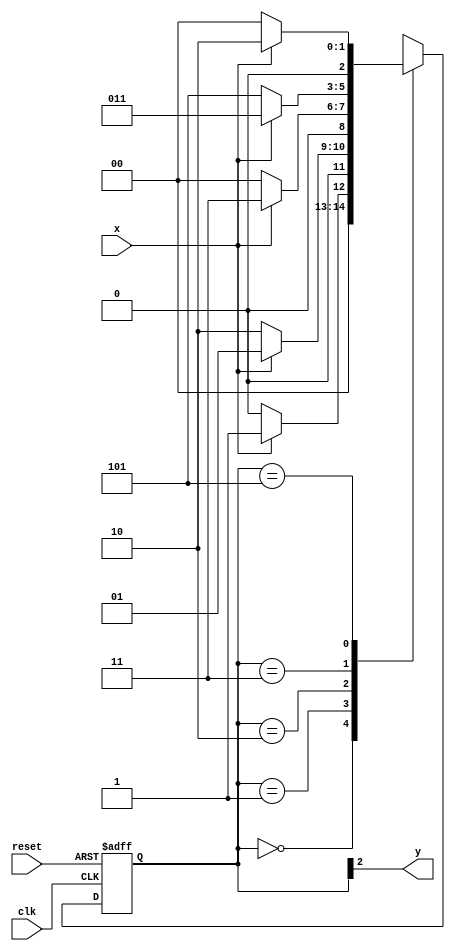
// Exemplo0053
// Aluno: rsula Rosa Monteiro de Castro

// -------------- 
// --- Moore FSM 
// -------------- 

// constant definition 
`define found 1 
`define notfound 0 

// FSM by Moore 
module moore1010 ( y, x, clk, reset ); 
output y; 
input x; 
input clk; 
input reset; 
reg y; 

parameter // state identifiers 

start = 3'b000, 
id1 = 3'b001, 
id10 = 3'b010, 
id101 = 3'b011, 
id1010 = 3'b101; // signal found 

reg [2:0] E1; // current state variables 
reg [2:0] E2; // next state logic output 

// next state logic 
always @( x or E1 ) 
	begin 
		case( E1 ) 
			start: 
				if ( x ) 
					E2 = id1; 
				else 
					E2 = start; 
	id1: 
		if ( x ) 
			E2 = id1; 
		else 
		E2 = id10; 
	id10: 
		if ( x ) 
			E2 = id101; 
		else 
			E2 = start; 
	id101: 
		if ( x ) 
			E2 = id101; 
		else 
			E2 = id1010; 
	id1010: 
		if ( x ) 
			E2 = id10; 
		else 
			E2 = start;			 
default: // undefined statee 
E2 = 3'bxxx; 
endcase 
end // always at signal or state changing 

// state variables 
always @( posedge clk or negedge reset ) 
begin 
if ( reset ) 
E1 = E2; // updates current state 
else 
E1 = 0; // reset 
end // always at signal changing 

// output logic 
always @( E1 ) 
begin 
y = E1[2]; // first bit of state value 

end // always at state changing 

endmodule // moore1010